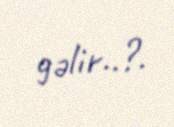
gəlir..?.